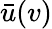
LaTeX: \bar{u}(v)